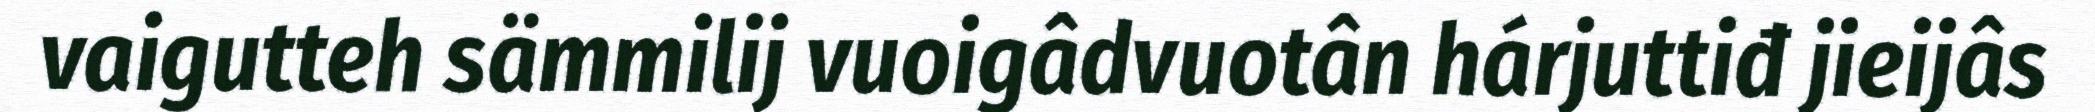
vaigutteh sämmilij vuoigâdvuotân hárjuttiđ jieijâs